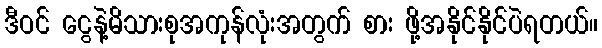
ဒီဝင် ငွေနဲ့မိသားစုအကုန်လုံးအတွက် စား ဖို့အနိုင်နိုင်ပဲရတယ်။